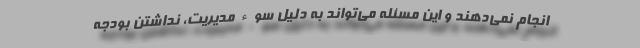
انجام نمی‌دهند و این مسئله می‌تواند به دلیل سوء مدیریت، نداشتن بودجه